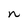
Character: n